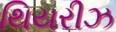
થિયરીઝ